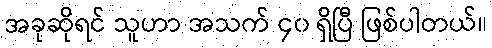
အခုဆိုရင် သူဟာ အသက် ၄၀ ရှိပြီ ဖြစ်ပါတယ်။